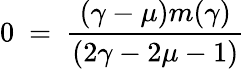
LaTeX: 0~=~\frac{(\gamma-\mu)m(\gamma)}{(2\gamma-2\mu-1)}